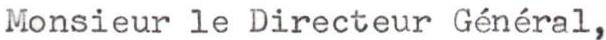
Monsieur le Directeur Général,